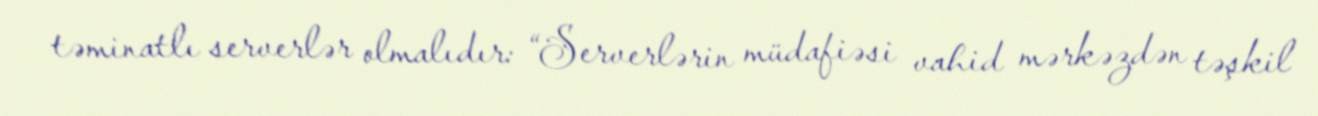
təminatlı serverlər olmalıdır: “Serverlərin müdafiəsi vahid mərkəzdən təşkil